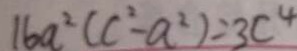
1 6 a ^ { 2 } ( c ^ { 2 } - a ^ { 2 } ) = 3 c ^ { 4 }